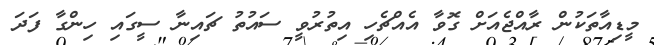
މީޑިއާތަކުން ރާއްޖެއަށް ގޮވާ އެއްޗެހި އިތުރުވީ ސައުތު ޗައިނާ ސީގައި ހިންގާ ފަދަ